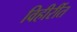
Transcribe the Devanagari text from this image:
विहीरींत